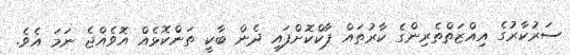
ސަރުކާރުގެ އިއްޒަތްތެރިންގެ ކާރުތައް ޕާކްކޮށްފައި ދެން ބާކީ ތަންކޮޅެއް އޮވެއްޖެ ނަމަ އެވެ.